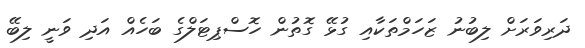
ދަރިވަރަށް ލިބުނު ޒަހަމްތަކާއި ގުޅޭ ގޮތުން ހޮސްޕިޓަލްގެ ބަހެއް އަދި ވަނީ ލިބޭ